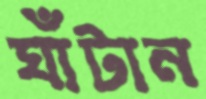
ঘাঁটান